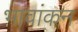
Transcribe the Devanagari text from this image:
भावांकन